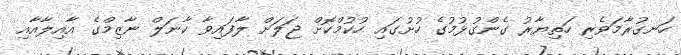
ހަނގުރާމަވެރި ހަތިޔާރު ގެންގުޅުމުގެ ހުށުގައި ހުކުމްކޮށް ޖަލަށް ލާފައިވާ ކާނަލް ނާޒިމްގެ އާއިލާއާއި